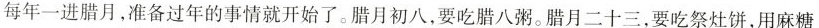
每年一进腊月，准备过年的事情就开始了。腊月初八，要吃腊八粥。腊月二十三，要吃祭灶饼，用麻糖